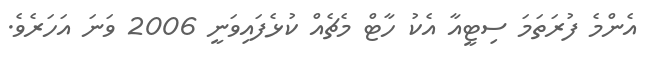
އެންމެ ފުރަތަމަ ސިޓީއާ އެކު ހާޓް މެޗެއް ކުޅެފައިވަނީ 2006 ވަނަ އަހަރެވެ.